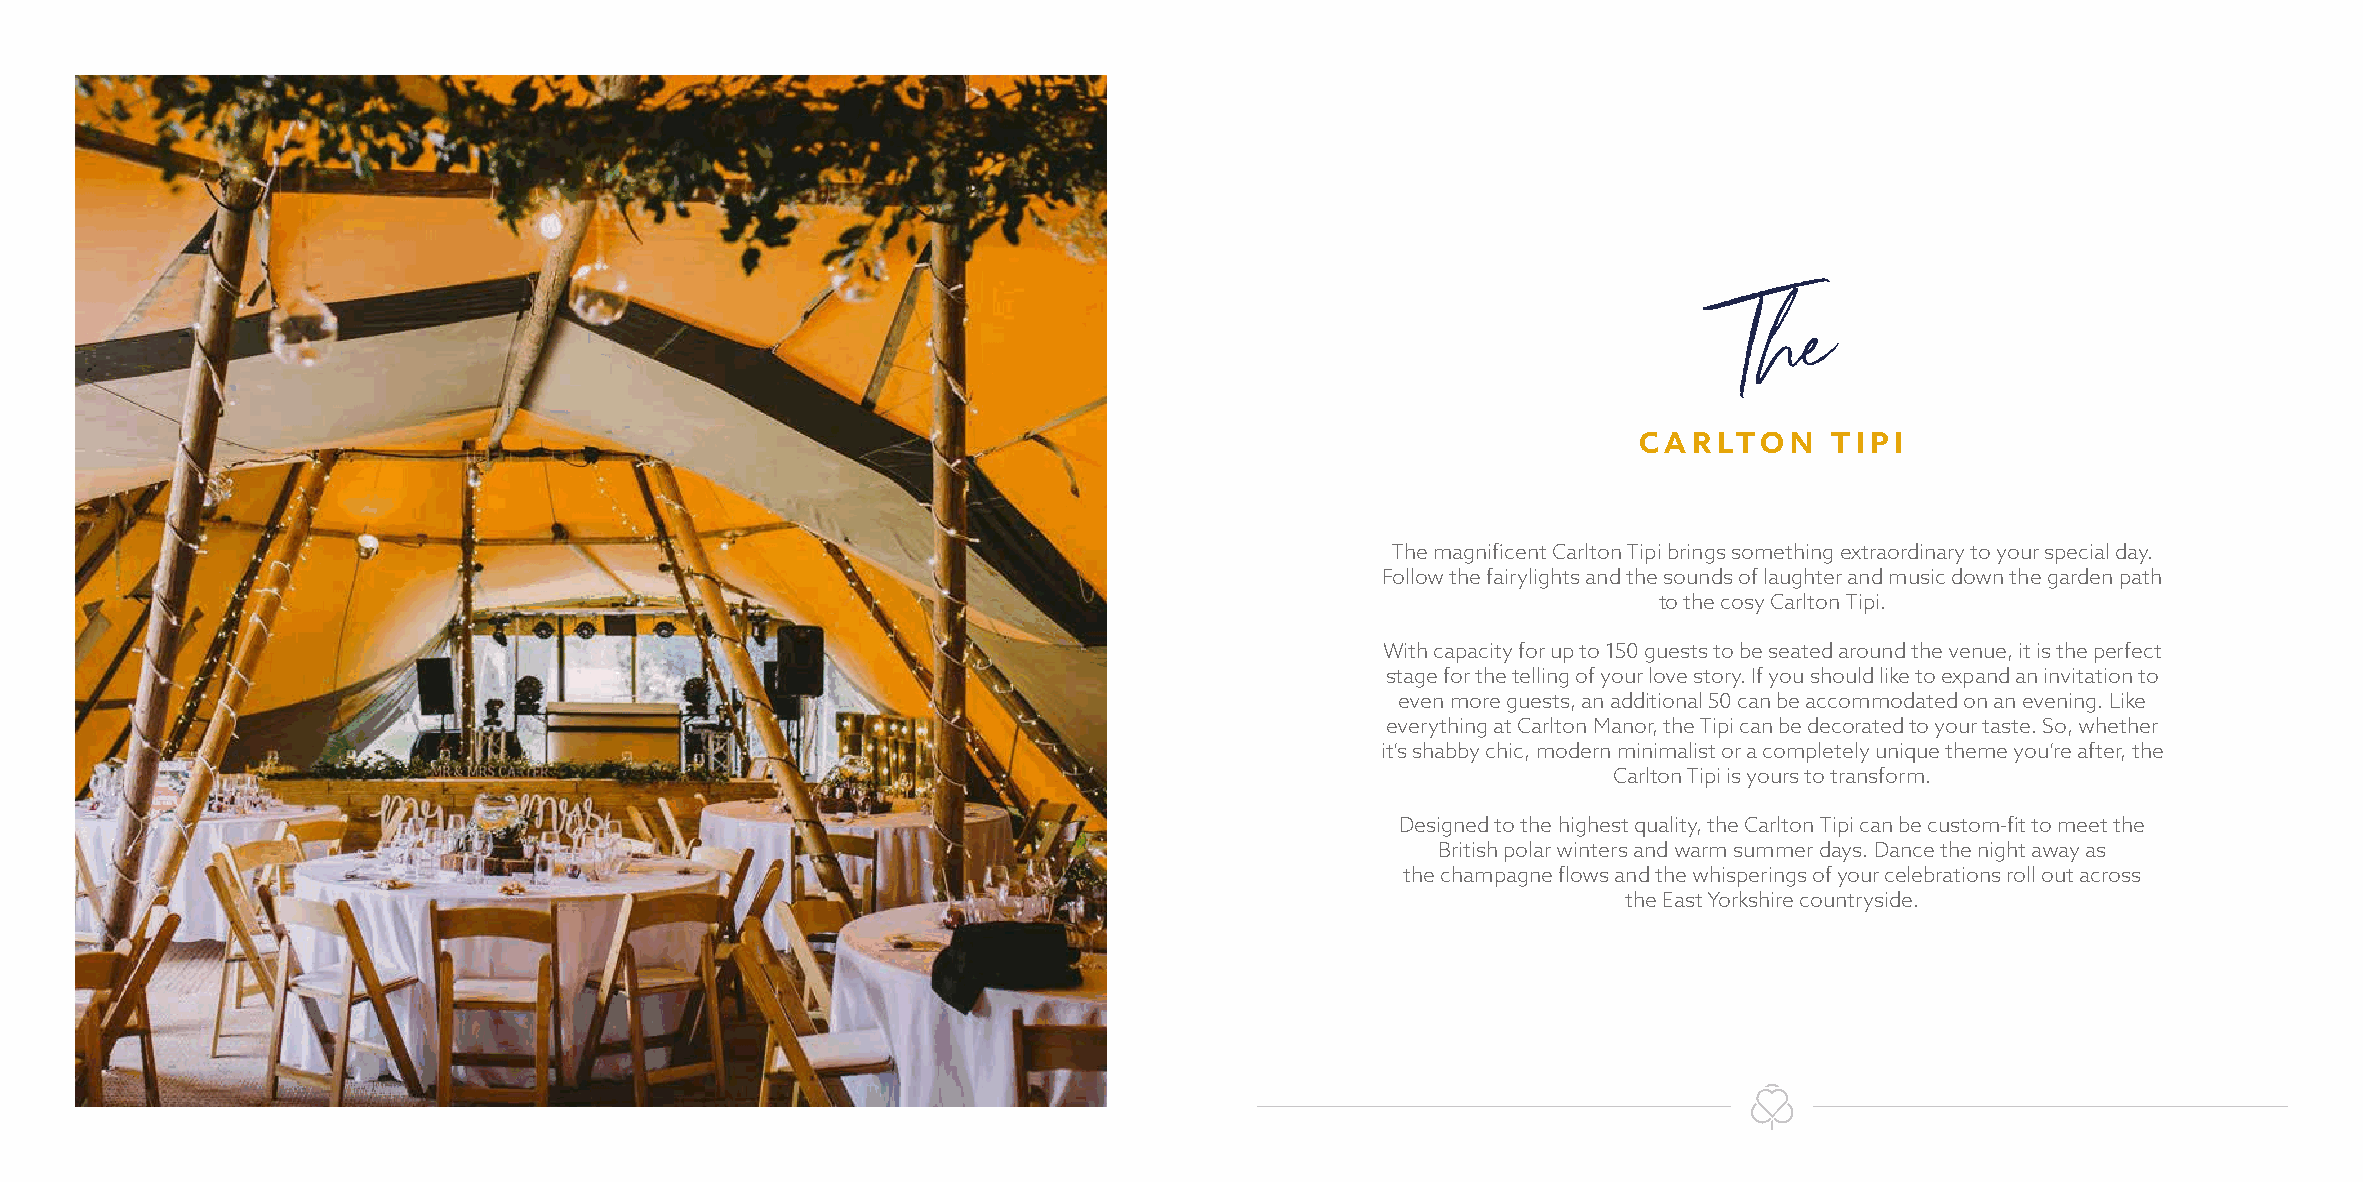
The
 CARLTON      TIPI
 The magnificent Carlton Tipi brings something extraordinary to your special day.
 Follow the fairylights and the sounds of laughter and music down the garden path
 to the cosy Carlton Tipi.
 With capacity for up to 150 guests to be seated around the venue, it is the perfect
 stage for the telling of your love story. If you should like to expand an invitation to
 even more guests, an additional 50 can be accommodated on an evening. Like
 everything at Carlton Manor, the Tipi can be decorated to your taste. So, whether
 it’s shabby chic, modern minimalist or a completely unique theme you’re after, the
 Carlton Tipi is yours to transform.
 Designed to the highest quality, the Carlton Tipi can be custom-fit to meet the
 British polar winters and warm summer days. Dance the night away as
 the champagne flows and the whisperings of your celebrations roll out across
 the East Yorkshire countryside.